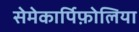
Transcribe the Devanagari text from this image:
सेमेकार्पिफ़ोलिया